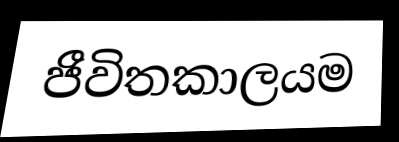
ජීවිතකාලයම